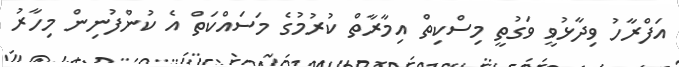
އަފްރާހު ވިދާޅުވީ ވަގުތީ މިސްކިތް އިމާރާތް ކުރުމުގެ މަސައްކަތް އެ ކުންފުނިން މިހާރު